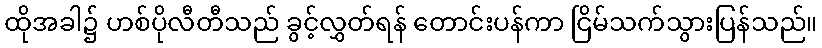
ထိုအခါ၌ ဟစ်ပိုလီတီသည် ခွင့်လွှတ်ရန် တောင်းပန်ကာ ငြိမ်သက်သွားပြန်သည်။